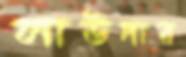
লাউদার